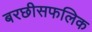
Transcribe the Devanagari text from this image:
बरछीसफलिक